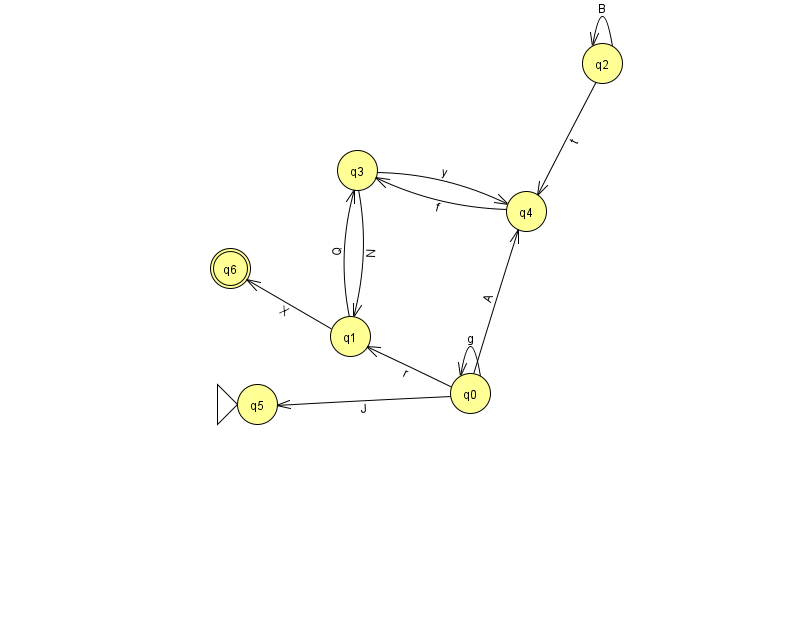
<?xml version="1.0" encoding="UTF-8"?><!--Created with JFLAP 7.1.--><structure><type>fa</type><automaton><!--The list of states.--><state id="0" name="q0"><x>470.0</x><y>380.0</y></state><state id="1" name="q1"><x>350.0</x><y>323.0</y></state><state id="2" name="q2"><x>602.0</x><y>50.0</y></state><state id="3" name="q3"><x>357.0</x><y>157.0</y></state><state id="4" name="q4"><x>526.0</x><y>198.0</y></state><state id="5" name="q5"><x>257.0</x><y>391.0</y><initial/></state><state id="6" name="q6"><x>230.0</x><y>255.0</y><final/></state><!--The list of transitions.--><transition><from>1</from><to>3</to><read>Q</read></transition><transition><from>0</from><to>5</to><read>J</read></transition><transition><from>2</from><to>2</to><read>B</read></transition><transition><from>0</from><to>1</to><read>r</read></transition><transition><from>3</from><to>4</to><read>y</read></transition><transition><from>0</from><to>0</to><read>g</read></transition><transition><from>1</from><to>6</to><read>X</read></transition><transition><from>4</from><to>3</to><read>f</read></transition><transition><from>0</from><to>4</to><read>A</read></transition><transition><from>2</from><to>4</to><read>t</read></transition><transition><from>3</from><to>1</to><read>N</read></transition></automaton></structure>